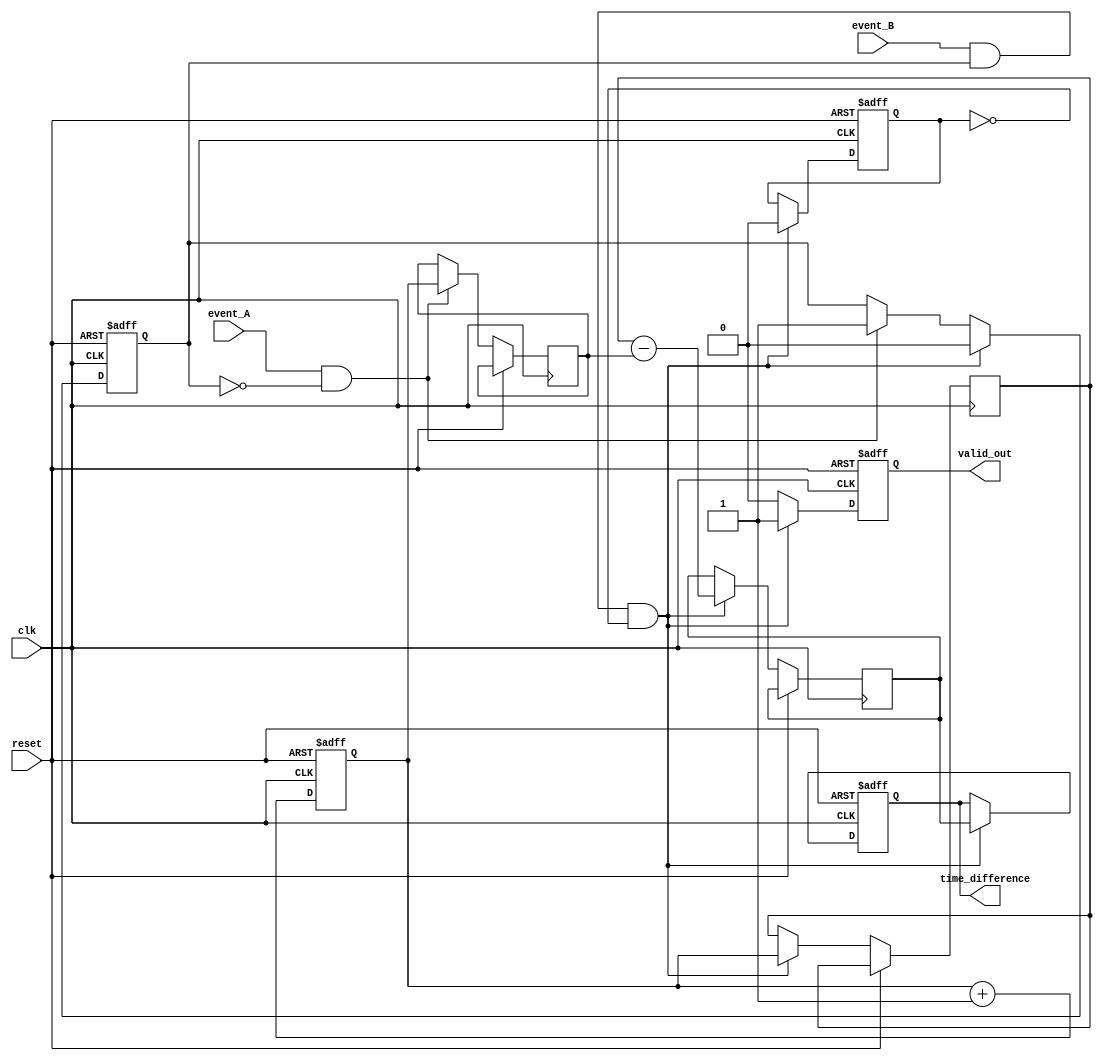
module HybridTDC (
    input wire clk,       // high-frequency clock
    input wire reset,     // reset signal
    input wire event_A,   // first event input
    input wire event_B,   // second event input
    output reg [15:0] time_difference, // digital output for time difference
    output reg valid_out  // output valid indicator
);

    // Time Measurement Unit
    reg [15:0] counter; // 16-bit counter for time measurement
    reg [15:0] time_A;  // captured time for event A
    reg [15:0] time_B;  // captured time for event B
    reg event_A_captured; // flag to indicate event A has been captured
    reg event_B_captured; // flag to indicate event B has been captured

    // Memory Block configuration
    parameter MEM_SIZE = 16; // Number of memory cells
    reg [15:0] memory [0:MEM_SIZE-1]; // Memory cells
    reg [3:0] address; // Address pointer for memory
    reg write_enable; // Write enable signal for memory
    reg [15:0] stored_time; // Time to store in memory

    // Digital Processing Unit
    reg [15:0] processed_time_diff; // Processed time difference
    
    // State machine for event detection and measurement
    always @(posedge clk or posedge reset) begin
        if (reset) begin
            counter <= 0;
            event_A_captured <= 0;
            event_B_captured <= 0;
            valid_out <= 0;
            time_difference <= 0;
            address <= 0;
            write_enable <= 0;
        end else begin
            // Increment counter every clock cycle
            counter <= counter + 1;

            // Capture Event A
            if (event_A && !event_A_captured) begin
                time_A <= counter;                     // Capture time for event_A
                event_A_captured <= 1;                 // Set flag for Event A captured
                write_enable <= 1;                     // Enable writing to memory
                stored_time <= counter;                // Store counter value for memory
                address <= address + 1;                // Increment address for memory
            end

            // Capture Event B and calculate time difference
            if (event_B && event_A_captured && !event_B_captured) begin
                time_B <= counter;                     // Capture time for event_B
                event_B_captured <= 1;                 // Set flag for Event B captured
                processed_time_diff <= time_B - time_A; // Calculate time difference
                time_difference <= processed_time_diff; // Output the time difference
                valid_out <= 1;                       // Indicate valid output
                event_A_captured <= 0;                 // Reset flag for next measurement
                event_B_captured <= 0;                 // Reset flag for next measurement
                write_enable <= 1;                     // Enable writing to memory
                memory[address] <= stored_time;        // Store the captured stored_time in memory
            end else begin
                valid_out <= 0;                       // Reset valid output if no events capture
            end
            
            // Reset write enable after operation
            if (write_enable) begin
                write_enable <= 0;
            end
        end
    end

endmodule